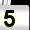
Digit: 5